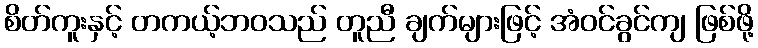
စိတ်ကူးနှင့် တကယ့်ဘဝသည် တူညီ ချက်များဖြင့် အံဝင်ခွင်ကျ ဖြစ်ဖို့